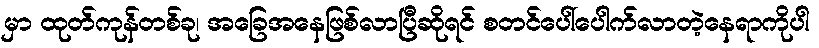
မှာ ထုတ်ကုန်တစ်ခု၊ အခြေအနေဖြစ်လာပြီဆိုရင် စတင်ပေါ်ပေါက်လာတဲ့နေရာကိုပါ